Inquiry into the circumstances attending an outbreak of cholera in H. M.'s 18th Hussars at Secunderabad in the month of May
Year: 1871
Disease focus: Cholera
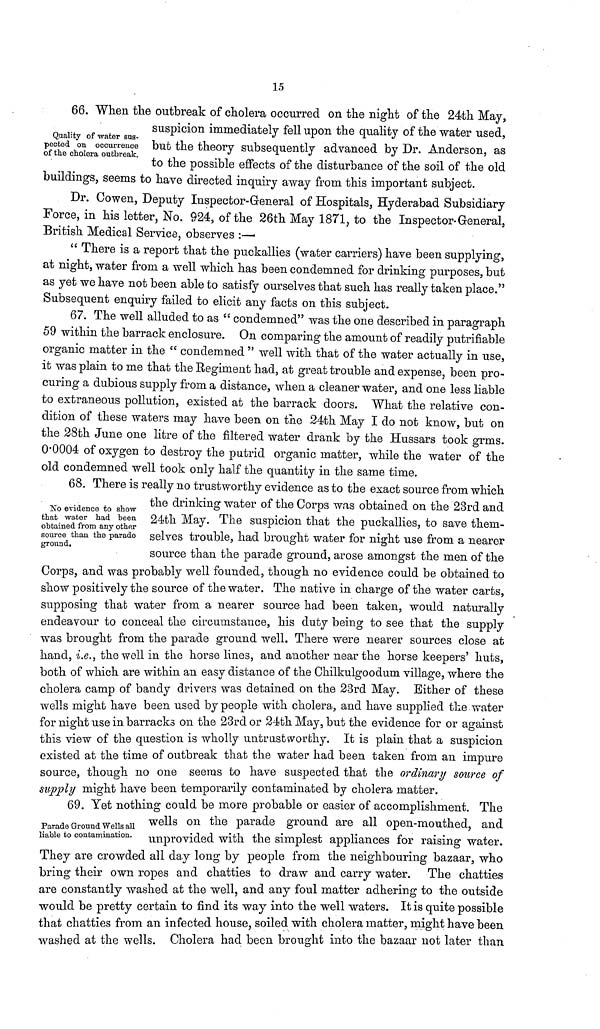
15
Quality
of
water
sus-
pected
on
occurrence
of
the
cholera
outbreak.
66. "When the outbreak of cholera occurred on the night of the 24th May,
suspicion immediately fell upon the quality of the water used,
but the theory subsequently advanced by Dr. Anderson, as
to the possible effects of the disturbance of the soil of the old
buildings, seems to have directed inquiry away from this important subject.
Dr. Cowen, Deputy Inspector-General of Hospitals, Hydera.bad Subsidiary
Force, in his letter, No. 924, of the 26th May 1871, to the Inspector-General,
British Medical Service, observes :—·
" There is a report that the puckallies (water carriers) have been supplying,
at night, water from a well which has been condemned for drinking purposes, but
as yet we have not been able to satisfy ourselves that such has really taken place."
Subsequent enquiry failed to elicit any facts on this subject.
67. The well alluded to as condemned" was the one described in paragraph
59 within the barrack enclosure. On comparing the amount of readily putrifiable
organic matter in the “condemned " well with that of the water actually in use,
it was plain to me that the Regiment had, at great trouble and expense, been pro-
curing a dubious supply from a distance, when a cleaner water, and one less liable
to extraneous pollution, existed at the barrack doors. What the relative con-
dition of these waters may have been on the 24th May I do not know, but on
the 28th June one litre of the filtered water drank by the Hussars took grms.
00004 of oxygen to destroy the putrid organic matter, while the water of the
old condemned well took only half the quantity in the same time.
68. There is really no trustworthy evidence as to the exact source from which
Nο
evidence
to
show
that
water
had
been
obtained
from
any
other
source
than
the
parade
ground.
the
drinking water of the Corps was obtained on the 23rd and
24th May. The suspicion that the puckallies, to save them-
selves trouble, had brought water for night use from a nearer
source than the parade ground, arose amongst the men of the
Corps, and was probably well founded, though no evidence could be obtained to
show positively the source of the water. The native in charge of the water carts,
supposing that water from a nearer source had been taken, would naturally
endeavour to conceal the circumstance, his duty being to see that the supply
was brought from the parade ground well. There were nearer sources close at
hand, i.e., the well in the horse lines, and another near the horse keepers* huts,
both of which are within an easy distance of the Chilkulgoodum village, where the
cholera camp of bandy drivers was detained on the 23rd May. Either of these
wells might have been used by people with cholera, and have supplied the water
for night use in barracks on the 23rd or 24th May, but the evidence for or against
this view of the question is wholly untrustworthy. It is plain that a suspicion
existed at the time of outbreak that the water had been taken from an impure
source, though no one seems to have suspected that the ordinary source of
supply might have been temporarily contaminated by cholera matter.
69. Yet nothing could be more probable or easier of accomplishment. The
Parade Ground Wells
all
liable
to
contamination .
wells
on the parade ground are all open-mouthed, and
unprovided
with the simplest appliances for raising water.
They are crowded all day long by people from the neighbouring bazaar, who
bring their own ropes and chatties to draw and carry water. The chatties
are constantly washed at the well, and any foul matter adhering to the outside
would be pretty certain to find its way into the well waters. It is quite possible
that chatties from an infected house, soiled with cholera matter, might have been
washed at the wells. Cholera had been brought into the bazaar not later than